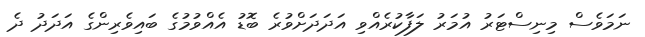
ނަމަވެސް މިނިސްޓަރު އުމަރު ލަފާކުރެއްވި އަދަދަށްވުރެ ބޮޑު އެއްވުމުގެ ބައިވެރިންގެ އަދަދު ދެ